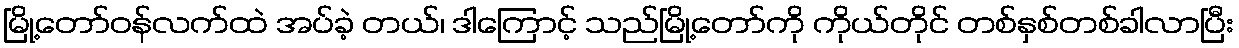
မြို့တော်ဝန်လက်ထဲ အပ်ခဲ့ တယ်၊ ဒါကြောင့် သည်မြို့တော်ကို ကိုယ်တိုင် တစ်နှစ်တစ်ခါလာပြီး